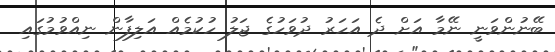
ބޭނުންވަނީ ނޭމާ އަށް ދެ އަހަރު ދުވަހުގެ ޖަލު ހުކުމެއް އަލިފާން ނިއްވުމުގައި